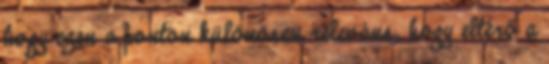
hogy ezen a ponton különösen releváns, hogy eltérő a